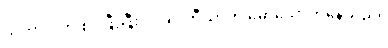
ယုကာဝါက စပ်ဖြီးဖြီးလုပ်၍ ဘီယာကို မော့သောက်နေသည်။